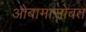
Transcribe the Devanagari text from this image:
ओबामासोबत